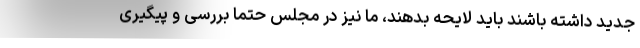
جدید داشته باشند باید لایحه بدهند، ما نیز در مجلس حتما بررسی و پیگیری